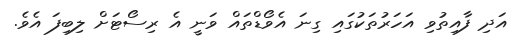
އަދި ފާއިތުވި އަހަރުތަކުގައި ގިނަ އެވޯޑްތައް ވަނީ އެ ރިސޯޓަށް ލިބިފަ އެވެ.